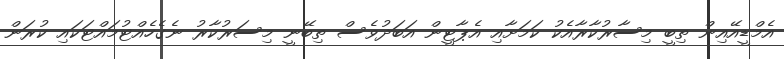
އެމްޑީއޭއިން ތިބީ މިސާރުކާރާއެކު ކަމަށާއި އެޕާޓީން އަބަދުވެސް ތިބޭނީ މިސަރުކާރު ނެގެހެއްޓުމައްޓަކައި ކުރަން